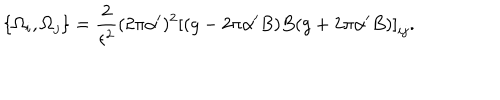
LaTeX: \{ \Omega _ { i } , \Omega _ { j } \} = \frac { 2 } { \epsilon ^ { 2 } } ( 2 \pi \alpha ^ { \prime } ) ^ { 2 } \left[ ( g - 2 \pi \alpha ^ { \prime } B ) B ( g + 2 \pi \alpha ^ { \prime } B ) \right] _ { i j } .